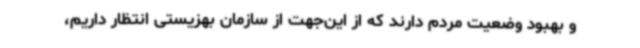
و بهبود وضعیت مردم دارند که از این‌جهت از سازمان بهزیستی انتظار داریم،